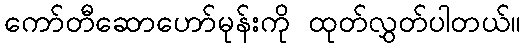
ကော်တီဆောဟော်မုန်းကို ထုတ်လွှတ်ပါတယ်။